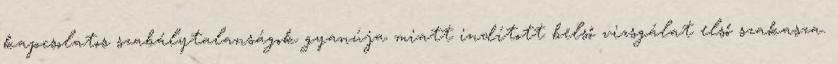
kapcsolatos szabálytalanságok gyanúja miatt indított belső vizsgálat első szakasza.